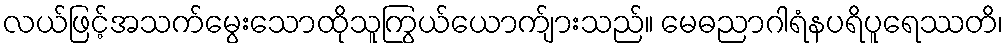
လယ်ဖြင့်အသက်မွေးသောထိုသူကြွယ်ယောက်ျားသည်။ မေဓညာဂါရံနပရိပူရေဿတိ၊